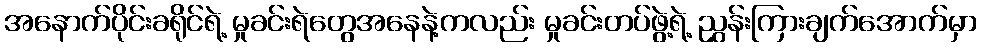
အနောက်ပိုင်းခရိုင်ရဲ့ မှုခင်းရဲတွေအနေနဲ့ကလည်း မှုခင်းတပ်ဖွဲ့ရဲ့ ညွှန်းကြားချက်အောက်မှာ